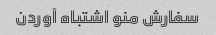
سفارش منو اشتباه آوردن